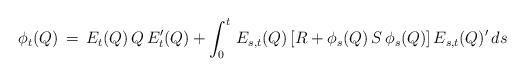
LaTeX: \begin{align*}\phi_t(Q) \,=\, E_{t}(Q)\,Q\,E_{t}'(Q) + \int_{0}^t\,E_{s,t}(Q)\left[R + \phi_{s}(Q)\,S\,\phi_{s}(Q)\right]E_{s,t}(Q)'\,ds\end{align*}